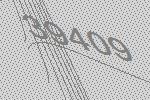
39409